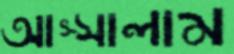
আস্সালাম